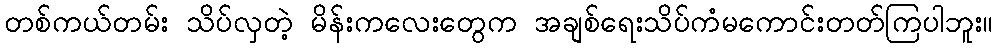
တစ်ကယ်တမ်း သိပ်လှတဲ့ မိန်းကလေးတွေက အချစ်ရေးသိပ်ကံမကောင်းတတ်ကြပါဘူး။